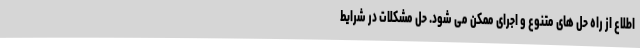
اطلاع از راه حل های متنوع و اجرای ممکن می شود. حل مشکلات در شرایط